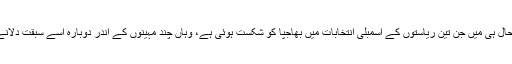
سوال یہ بھی ہے کہ حال ہی میں جن تین ریاستوں کے اسمبلی انتخابات میں بھاجپا کو شکست ہوئی ہے، وہاں چند مہینوں کے اندر دوبارہ اسے سبقت دلانے کا فارمولہ کیا ہے؟